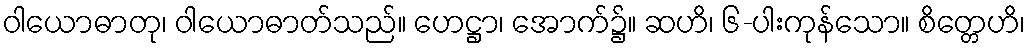
ဝါယောဓာတု၊ ဝါယောဓာတ်သည်။ ဟေဋ္ဌာ၊ အောက်၌။ ဆဟိ၊ ၆-ပါးကုန်သော။ စိတ္တေဟိ၊